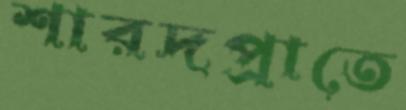
শারদপ্রাতে